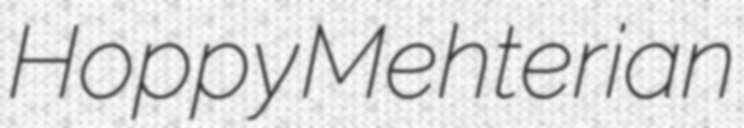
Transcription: Hoppy Mehterian